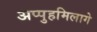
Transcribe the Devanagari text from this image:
अप्पुहमिलागे